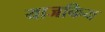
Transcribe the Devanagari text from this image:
याजकिय